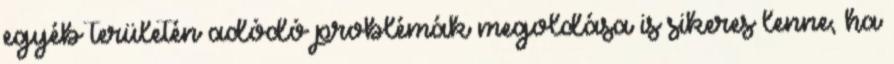
egyéb területén adódó problémák megoldása is sikeres lenne, ha